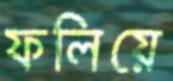
ফলিয়ে